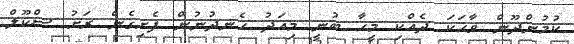
ކުމުންދޫން ވާހަކަ ދެއްކި މީހާ ބުނީ މިއަދު ހެނދުނުން ފެށިގެން ރަށު ސްކޫލް